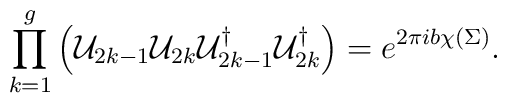
\prod_{k=1}^g\left({\cal U}_{2k-1}{\cal U}_{2k}{\cal U}_{2k-1}^{\dagger} {\cal U}_{2k}^{\dagger}\right)= e^{2\pi ib\chi(\Sigma)}.